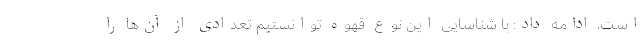
است، ادامه داد: با شناسایی این نوع قهوه توانستیم تعدادی از آن‌ها را